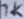
Text: 1K